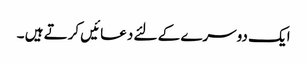
ایک دوسرے کے لئے دعائیں کرتے ہیں ۔